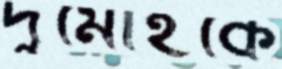
দুর্মোহকে